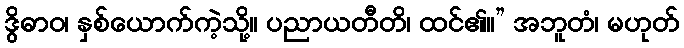
ဒွိဓာဝ၊ နှစ်ယောက်ကဲ့သို့။ ပညာယတီတိ၊ ထင်၏။” အဘူတံ၊ မဟုတ်